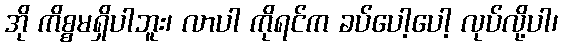
အို ကိစ္စမရှိပါဘူး၊ လာပါ ကိုရင်က ခပ်ပေါ့ပေါ့ လုပ်လို့ပါ၊